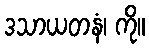
ဒသာယတနံ၊ ကို။